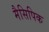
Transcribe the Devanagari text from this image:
मैसिपिक